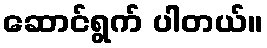
ဆောင်ရွက် ပါတယ်။